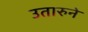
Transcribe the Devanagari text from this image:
उतारुने